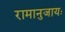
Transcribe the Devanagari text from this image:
रामानुजायः